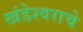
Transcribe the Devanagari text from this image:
खंडेश्वराचे